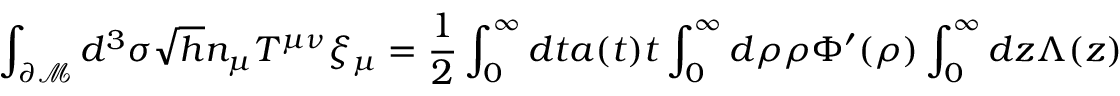
\displaystyle \int _ { \partial \mathcal { M } } d ^ { 3 } \sigma \sqrt { h } n _ { \mu } T ^ { \mu \nu } \xi _ { \mu } = \frac { 1 } { 2 } \displaystyle \int _ { 0 } ^ { \infty } d t a ( t ) t \displaystyle \int _ { 0 } ^ { \infty } d \rho \rho \Phi ^ { \prime } ( \rho ) \displaystyle \int _ { 0 } ^ { \infty } d z \Lambda ( z )